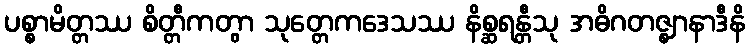
ပစ္စာမိတ္တဿ စိတ္တီကတွာ သုတ္တေကဒေသဿ နိစ္ဆရန္တီသု အဓိဂတဇ္ဈာနာဒီနိ